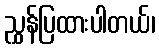
ညွှန်ပြထားပါတယ်၊